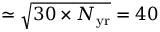
\simeq \sqrt { 3 0 \times N _ { \mathrm { y r } } } = 4 0